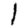
Digit: 1